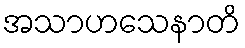
အသာဟသေနာတိ